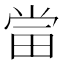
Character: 𱰲